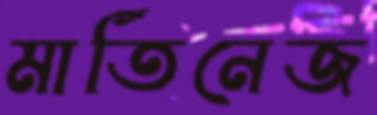
মার্তিনেজ